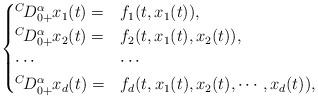
LaTeX: \begin{align*}\begin{cases}^{C\!}D_{0+}^{\alpha}x_1(t)= &f_1(t,x_1(t)),\\^{C\!}D_{0+}^{\alpha}x_2(t)= &f_2(t,x_1(t),x_2(t)),\\\cdots&\cdots\\^{C\!}D_{0+}^{\alpha}x_d(t)= &f_d(t,x_1(t),x_2(t),\cdots,x_d(t)),\end{cases}\end{align*}